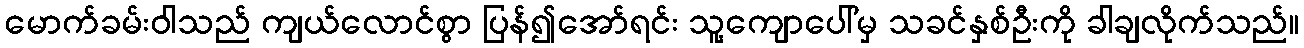
မောက်ခမ်းဝါသည် ကျယ်လောင်စွာ ပြန်၍အော်ရင်း သူ့ကျောပေါ်မှ သခင်နှစ်ဦးကို ခါချလိုက်သည်။